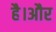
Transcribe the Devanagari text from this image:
है।अौर